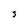
Character: s